Indian journal of veterinary science and animal husbandry - Volume 4,
Year: 1934
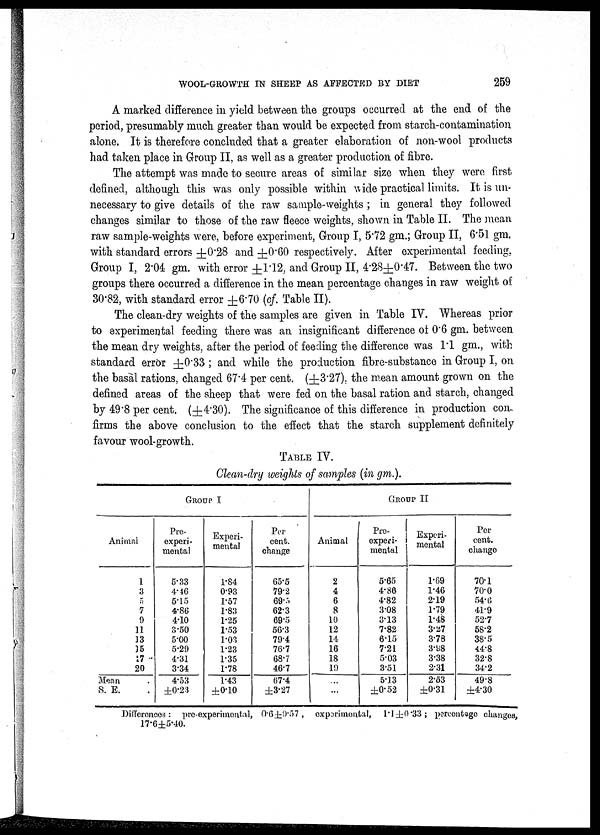
WOOL-GROWTH IN SHEEP AS AFFECTED BY DIET
259
A marked difference in yield between the groups occurred at the end of the
period, presumably much greater than would be expected from starch-contamination
alone. It is therefore concluded that a greater elaboration of non-wool products
had taken place in Group II, as well as a greater production of fibre.
The attempt was made to secure areas of similar size when they were first
defined, although this was only possible within wide practical limits. It is un-
necessary to give details of the raw sample-weights ; in general they followed
changes similar to those of the raw fleece weights, shown in Table II. The mean
raw sample-weights were, before experiment, Group I, 5.72 gm.; Group II, 6.51 gm.
with standard errors ±0.28 and ±0.60 respectively. After experimental feeding,
Group I, 2.04 gm. with error ±1.12, and Group II, 4.28±0.47. Between the two
groups there occurred a difference in the mean percentage changes in raw weight of
30.82, with standard error ±6.70 (of Table II).
The clean-dry weights of the samples are given in Table IV. Whereas prior
to experimental feeding there was an insignificant difference of 0.6 gm. between
the mean dry weights, after the period of feeding the difference was 1.1 gm., with
standard error ±0.33 ; and while the production fibre-substance in Group I, on
the basal rations, changed 67.4 per cent. (±3.27), the mean amount grown on the
defined areas of the sheep that were fed on the basal ration and starch, changed
by 49.8 per cent. (±4.30). The significance of this difference in production con-
firms the above conclusion to the effect that the starch supplement definitely
favour wool-growth.
TABLE IV.
Clean-dry weights of samples (mgm.).
GROUP I
Animal
1
3
5
7
9
11
13
15
17
20
Mean
S. E.
Pro-
experi-
mental
5.33
4.46
5.15
4.86
4.10
3.50
5.00
5.29
4.31
3.34
4.53
±0.23
Experi-
mental
1.84
0.93
1.57
1.83
1.25
1.53
1.03
1.23
1.35
1.78
1.43
±0.10
Per
cent.
change
65.5
79.2
69.5
62.3
69.5
56.3
79.4
76.7
68.7
46.7
67.4
±3.27
Animal
2
4
6
8
10
12
14
16
18
19
...
...
GROUP II
Pre¬
experi¬
mental
5.65
4.86
4.82
3.08
3.13
7.82
6.15
7.21
5.03
3.51
5.13
±0.52
Experi-
mental
1.69
1.46
2.19
1.79
1.48
3.27
3.78
3.98
3.38
2.31
2.53
±0.31
Per
cent.
change
70.1
70.0
54.0
41.9
52.7
58.2
38.5
44.8
32.8
34.2
49.8
±4.30
Differences: pre-experimental, 0.6 ± 0.57, experimental, l.1 ± 0.33; percentage changes,
17.6±5.40.